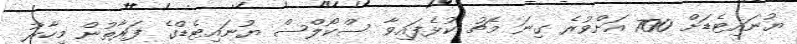
ޔުނައިޓެޑަށް 700 އަށްވުރެ ގިނަ މެޗު ކުޅެފައިވާ ސްކޯލްސް ޔުނައިޓެޑްގެ ފަރާތުން މިހާރު